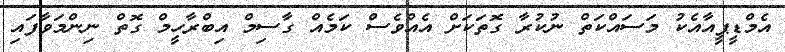
އެމްޑީޕީއާއެކު މަސައްކަތް ނުކުރާ ގޮތަކަށް އެއްވެސް ކަމެއް ގާސިމް އިބްރާހީމް ގޮތް ނިންމަވާފައި